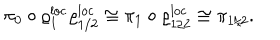
\pi _ { 0 } \circ \varrho _ { 1 } ^ { \mathrm { l o c } } \varrho _ { 1 / 2 } ^ { \mathrm { l o c } } \cong \pi _ { 1 } \circ \varrho _ { 1 / 2 } ^ { \mathrm { l o c } } \cong \pi _ { 1 / 2 } .